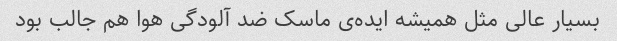
بسیار عالی مثل همیشه ایده‌ی ماسک ضد آلودگی هوا هم جالب بود